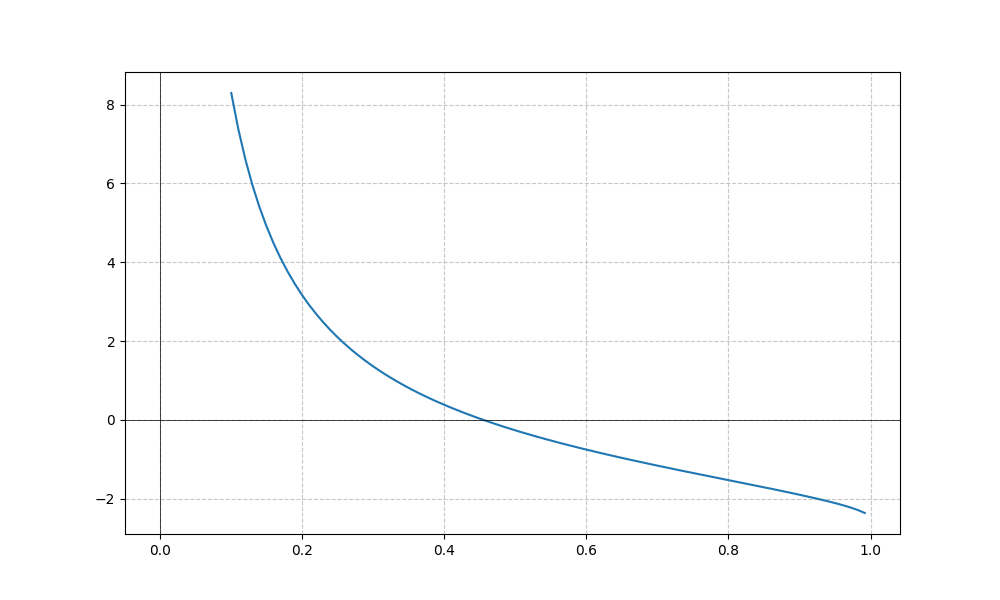
LaTeX formula: \cot{\left(x \right)} - \operatorname{acos}{\left(- x \right)}